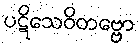
ပဋိသေဝိတဗ္ဗော